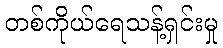
တစ်ကိုယ်ရေသန့်ရှင်းမှု